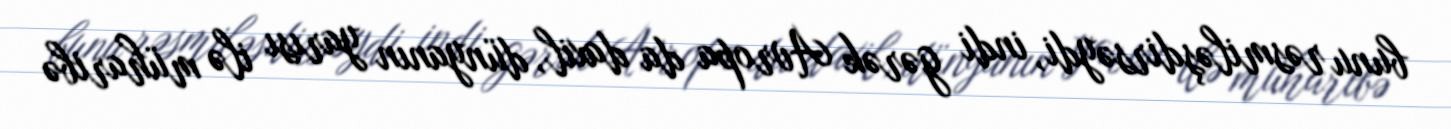
bunu rəsmiləşdirsəydi, indi gərək Avropa da daxil, dünyanın yarısı ilə müharibə